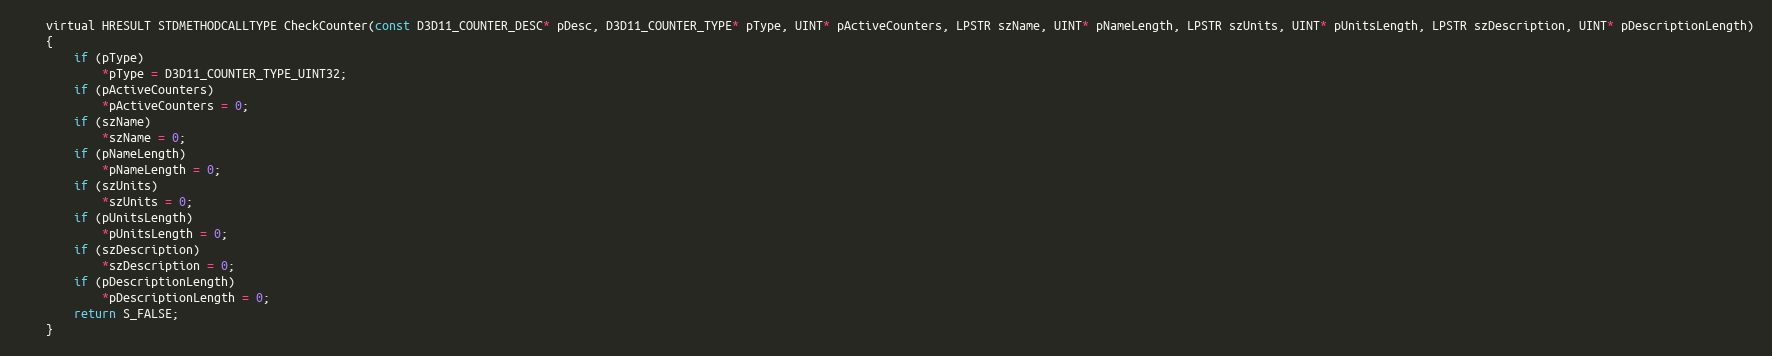
Language: C
	virtual HRESULT STDMETHODCALLTYPE CheckCounter(const D3D11_COUNTER_DESC* pDesc, D3D11_COUNTER_TYPE* pType, UINT* pActiveCounters, LPSTR szName, UINT* pNameLength, LPSTR szUnits, UINT* pUnitsLength, LPSTR szDescription, UINT* pDescriptionLength)
	{
		if (pType)
			*pType = D3D11_COUNTER_TYPE_UINT32;
		if (pActiveCounters)
			*pActiveCounters = 0;
		if (szName)
			*szName = 0;
		if (pNameLength)
			*pNameLength = 0;
		if (szUnits)
			*szUnits = 0;
		if (pUnitsLength)
			*pUnitsLength = 0;
		if (szDescription)
			*szDescription = 0;
		if (pDescriptionLength)
			*pDescriptionLength = 0;
		return S_FALSE;
	}